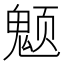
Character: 𱆚